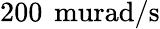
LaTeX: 200\, \mathrm{\ murad/s}